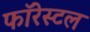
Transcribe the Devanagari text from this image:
फॉरेस्टल